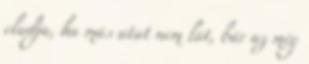
eladja, ha más utat nem lát, bár az még